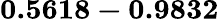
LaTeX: \mathbf{0.5618-0.9832}